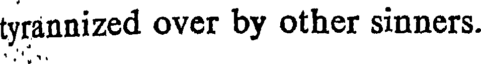
tyrannized over by other sinners.